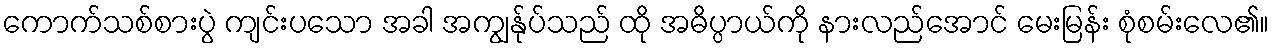
ကောက်သစ်စားပွဲ ကျင်းပသော အခါ အကျွန်ုပ်သည် ထို အဓိပ္ပာယ်ကို နားလည်အောင် မေးမြန်း စုံစမ်းလေ၏။